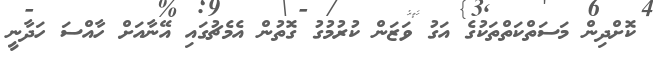
ކޮށްދިން މަސަތްކަތްތަކުގެ އަގު ވަޒަން ކުރުމުގު ގޮތުން އެމެޗުގައި އޭނާއަށް ހާއްސަ ހަދާނީ